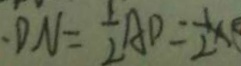
D N = \frac { 1 } { 2 } A D = \frac { 1 } { 2 } \times